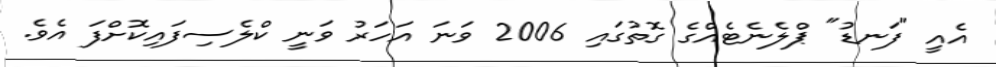
އެއީ "ފަނޑު" ޕްލެނެޓެއްގެ ގޮތުގައި 2006 ވަނަ އަހަރު ވަނީ ކްލެސިފައިކޮށްފަ އެވެ.